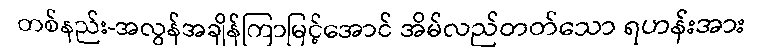
တစ်နည်း-အလွန်အချိန်ကြာမြင့်အောင် အိမ်လည်တတ်သော ရဟန်းအား